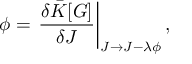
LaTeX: \phi = \left. \frac { \delta \bar { \cal K } [ G ] } { \delta J } \right| _ { J \rightarrow J - \lambda \phi } ,